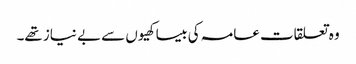
وہ تعلقات عامہ کی بیساکھیوں سے بے نیاز تھے۔